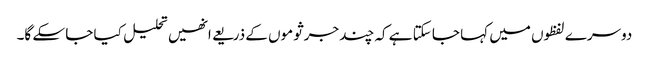
دوسرے لفظوں میں کہا جا سکتا ہے کہ چند جرثوموں کے ذریعے انھیں تحلیل کیا جا سکے گا۔